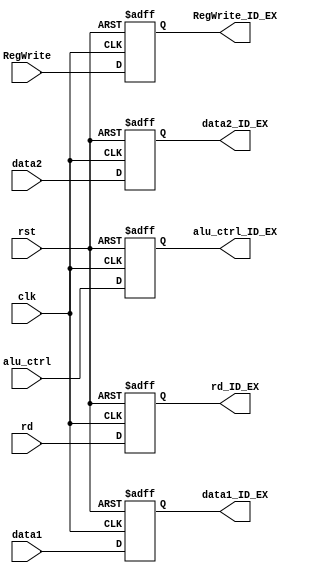
`timescale 1ns / 1ps
//////////////////////////////////////////////////////////////////////////////////
// Company: 
// Engineer: 
// 
// Design Name: 
// Module Name: ID_EX
// Project Name: 
// Target Devices: 
// Tool Versions: 
// Description: 
// 
// Dependencies: 
// 
// Revision:
// Revision 0.01 - File Created
// Additional Comments:
// 
//////////////////////////////////////////////////////////////////////////////////


module ID_EX(
input clk,rst,RegWrite,
input [31:0] data1,data2,
input [3:0] alu_ctrl,
input [4:0] rd,
output reg RegWrite_ID_EX,
output reg [31:0] data1_ID_EX,data2_ID_EX,
output reg [3:0] alu_ctrl_ID_EX,
output reg [4:0] rd_ID_EX
);

always @(posedge clk, negedge rst)
begin
if(!rst)
    begin
        RegWrite_ID_EX <= 1'd0;
        data1_ID_EX <=  32'd0;
        data2_ID_EX <= 32'd0;
        alu_ctrl_ID_EX <= 4'd0;
        rd_ID_EX <= 5'd0;
    end
else
    begin
        RegWrite_ID_EX <= RegWrite;
        data1_ID_EX <= data1;
        data2_ID_EX <= data2;
        alu_ctrl_ID_EX <= alu_ctrl;
        rd_ID_EX <= rd;
    end
end

endmodule